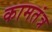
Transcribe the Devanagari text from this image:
कामतंत्र